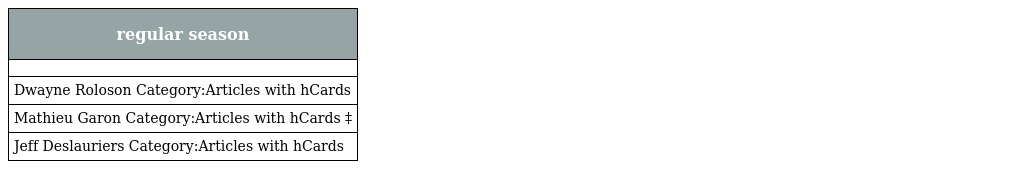
| regular season |
 | --- |
 |  |
 | Dwayne Roloson Category:Articles with hCards |
 | Mathieu Garon Category:Articles with hCards ‡ |
 | Jeff Deslauriers Category:Articles with hCards |